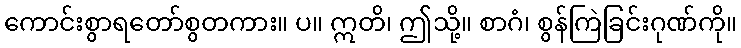
ကောင်းစွာရတော်စွတကား။ ပ။ ဣတိ၊ ဤသို့။ စာဂံ၊ စွန်ကြဲခြင်းဂုဏ်ကို။